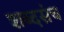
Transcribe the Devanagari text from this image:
शब्दसंच